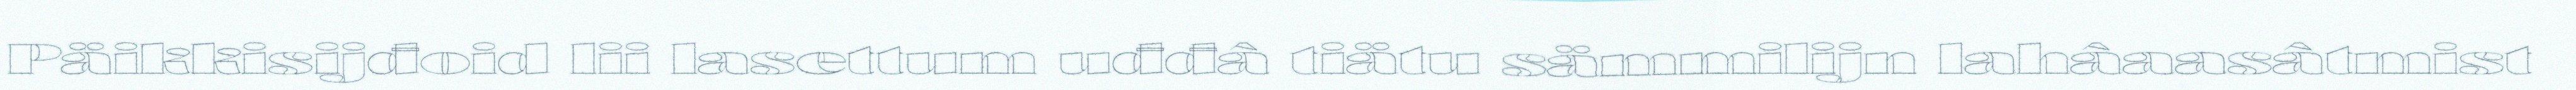
Päikkisijđoid lii lasettum uđđâ tiätu sämmilijn lahâaasâtmist